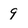
Character: 9